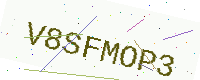
Text: V8SFMOP3